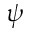
\boldsymbol { \psi }